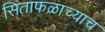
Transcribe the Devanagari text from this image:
सिताफळाच्याच